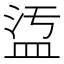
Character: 𥁡